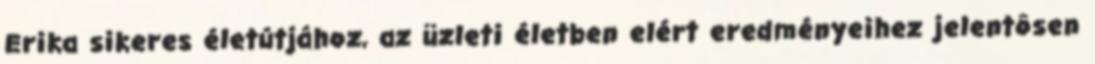
Erika sikeres életútjához, az üzleti életben elért eredményeihez jelentôsen